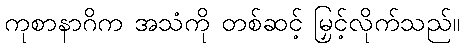
ကုစာနာဂိက အသံကို တစ်ဆင့် မြှင့်လိုက်သည်။